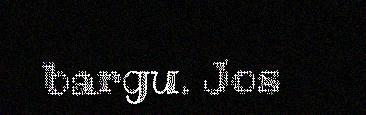
bargu. Jos